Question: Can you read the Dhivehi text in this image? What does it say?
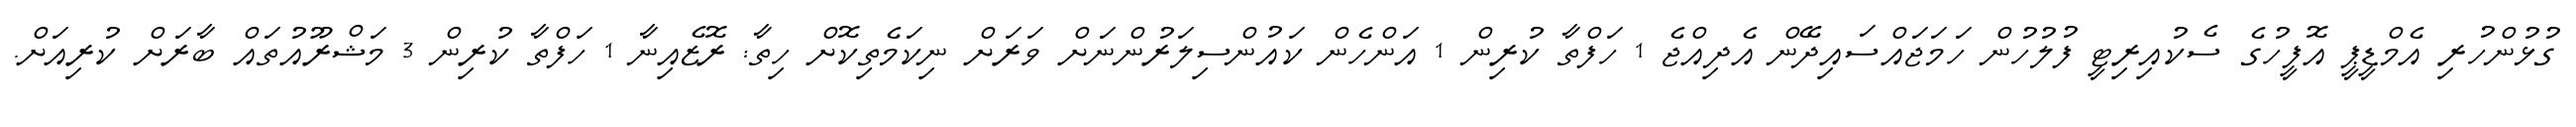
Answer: ގުޅުންހުރި އެމްޑީޕީ އޮފީހުގެ ސެކުއިރިޓީ ފުލުހުން ހަމަޖައްސައިދޭން އެދިއްޖެ 1 ހަފްތާ ކުރިން 1 އަންހެން ކައުންސިލަރުންނަށް ވަރަށް ނިކަމެތިކޮށް ހިތާ: ރޮޒެއިނާ 1 ހަފްތާ ކުރިން 3 މަޝްރޫއުތައް ބާރަށް ކުރިއަށް.